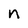
Character: n